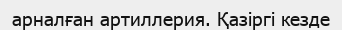
арналған артиллерия. Қазіргі кезде